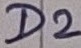
Text: D2